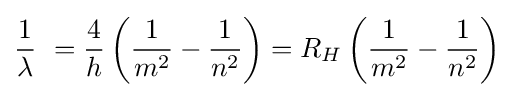
{\frac {1}{\lambda }}\ ={\frac {4}{h}}\left({\frac {1}{m^{2}}}-{\frac {1}{n^{2}}}\right)=R_{H}\left({\frac {1}{m^{2}}}-{\frac {1}{n^{2}}}\right)